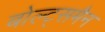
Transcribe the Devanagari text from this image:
बोल्ट्समैन